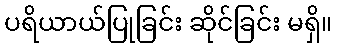
ပရိယာယ်ပြုခြင်း ဆိုင်ခြင်း မရှိ။